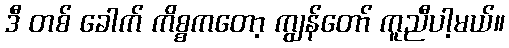
ဒီ တစ် ခေါက် ကိစ္စကတော့ ကျွန်တော် ကူညီပါ့မယ်။